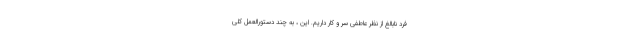
فرد نابالغ از نظر عاطفی سر و کار داریم. این ، به چند دستورالعمل کلی